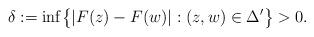
LaTeX: \begin{align*}\delta:=\inf\bigl\{|F(z)-F(w)|: (z,w)\in \Delta'\bigr\}>0.\end{align*}